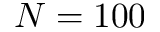
N = 1 0 0